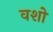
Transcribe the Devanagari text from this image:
वशो